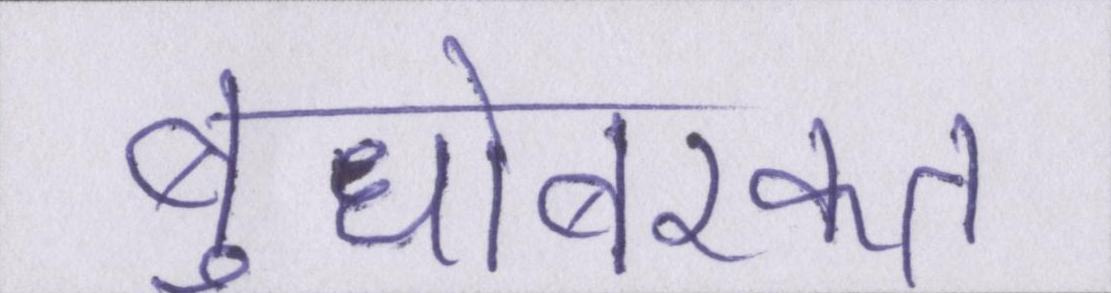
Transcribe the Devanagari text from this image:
बुधोबरकत